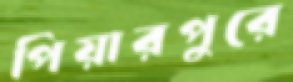
পিয়ারপুুরে